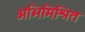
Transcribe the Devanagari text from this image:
अभिमिश्रित